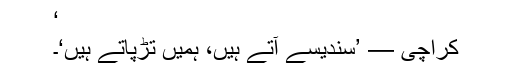
‘
کراچی — ’سندیسے آتے ہیں، ہمیں تڑپاتے ہیں‘۔